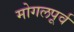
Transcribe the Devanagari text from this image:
मोगलपूर्व